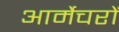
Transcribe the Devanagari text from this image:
आर्मेचरों